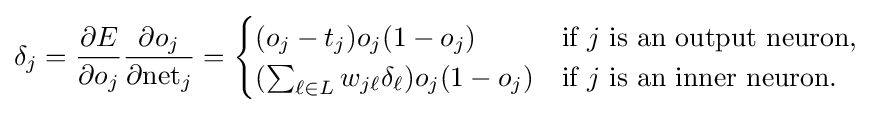
\delta _{j}={\frac {\partial E}{\partial o_{j}}}{\frac {\partial o_{j}}{\partial {\text{net}}_{j}}}={\begin{cases}(o_{j}-t_{j})o_{j}(1-o_{j})&{\text{if }}j{\text{ is an output neuron,}}\\(\sum _{\ell \in L}w_{j\ell }\delta _{\ell })o_{j}(1-o_{j})&{\text{if }}j{\text{ is an inner neuron.}}\end{cases}}